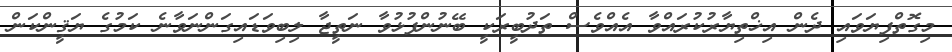
މިގޮތްފިޔަވައި ދެން އިޚްތިޔާރުކުރައްވާ އެއްވެސް ތަދުބީރަކީ ބޭނުންފުޅުވާ ނަތީޖާ ލިބިވަޑައިގަންނަވާނެ ކަމުގެ ޔަޤީންކަން